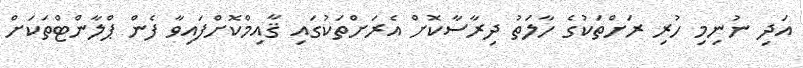
އަދި ނުނިމި ހުރި ރަށްތަކުގެ ހާލަތު ދިރާސާކޮށް އެރަށްތަކުގައި ޤާއިމްކޮށްފައިވާ ފެން ޕްލާންޓްތަކަށް